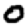
Digit: 0